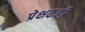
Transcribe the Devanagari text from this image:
प्रेक्षकही